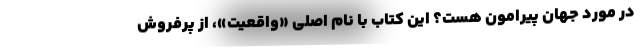
در مورد جهان پیرامون هست؟ این کتاب با نام اصلی «واقعیت»، از پرفروش